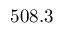
5 0 8 . 3